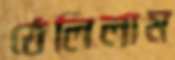
ঠেলিলাম